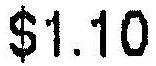
$1.10